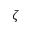
\zeta